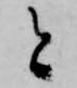
と